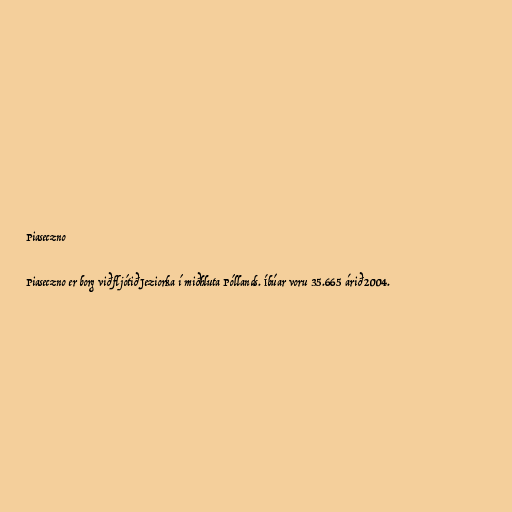
Piaseczno

Piaseczno er borg við fljótið Jeziorka í miðhluta Póllands. Íbúar voru 35.665 árið 2004.